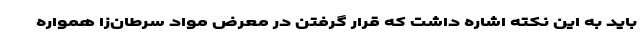
باید به این نکته اشاره داشت که قرار گرفتن در معرض مواد سرطان‌زا همواره